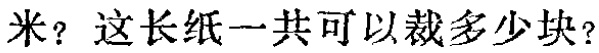
米？这长纸一共可以裁多少块？